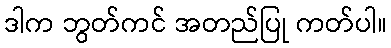
ဒါက ဘွတ်ကင် အတည်ပြု ကတ်ပါ။